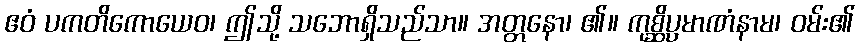
ဧဝံ ပကတိကောယေဝ၊ ဤသို့ သဘောရှိသည်သာ။ အတ္တနော၊ ၏။ ကုစ္ဆိပ္ပမာဏံနာမ၊ ဝမ်း၏